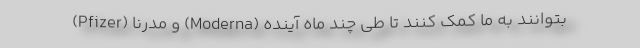
(Pfizer) و مدرنا (Moderna) بتوانند به ما کمک کنند تا طی چند ماه آینده